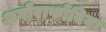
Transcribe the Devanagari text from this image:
अगोराफोबिया